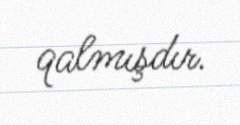
qalmışdır.